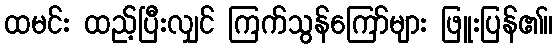
ထမင်း ထည့်ပြီးလျှင် ကြက်သွန်ကြော်များ ဖြူးပြန်၏။